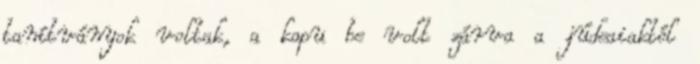
tanítványok voltak, a kapu be volt zárva a júdeaiaktól